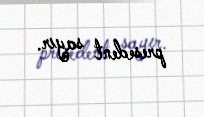
presedent sayır.